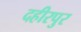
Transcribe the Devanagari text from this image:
दहीरपुर